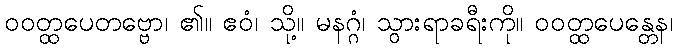
ဝဝတ္ထပေတဗ္ဗော၊ ၏။ ဧဝံ၊ သို့။ မနဂ္ဂံ၊ သွားရာခရီးကို။ ဝဝတ္ထပေန္တေန၊